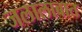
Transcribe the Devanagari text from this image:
जलालाबात